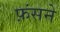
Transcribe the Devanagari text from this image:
फ़ंसने